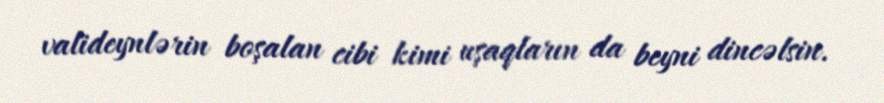
valideynlərin boşalan cibi kimi uşaqların da beyni dincəlsin.